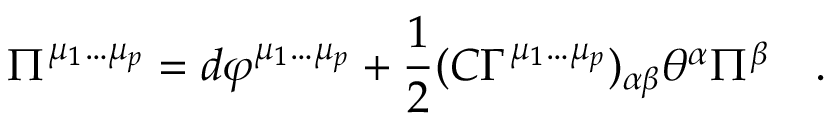
\Pi ^ { \mu _ { 1 } \dots \mu _ { p } } = d \varphi ^ { \mu _ { 1 } \dots \mu _ { p } } + { \frac { 1 } { 2 } } ( C \Gamma ^ { \mu _ { 1 } \dots \mu _ { p } } ) _ { \alpha \beta } \theta ^ { \alpha } \Pi ^ { \beta } \quad .